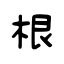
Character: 根